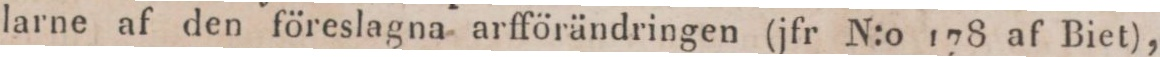
larne af den föreslagna arfförändringen (jfr N:o 178 af Biet),